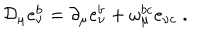
{ \cal D } _ { \mu } e _ { \nu } ^ { b } = \partial _ { \mu } e _ { \nu } ^ { b } + \omega _ { \mu } ^ { b c } e _ { \nu c } \; .